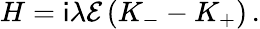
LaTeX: H=\mathsf{i}\lambda\mathcal{E}\left(K_{-}-K_{+}\right)\, .